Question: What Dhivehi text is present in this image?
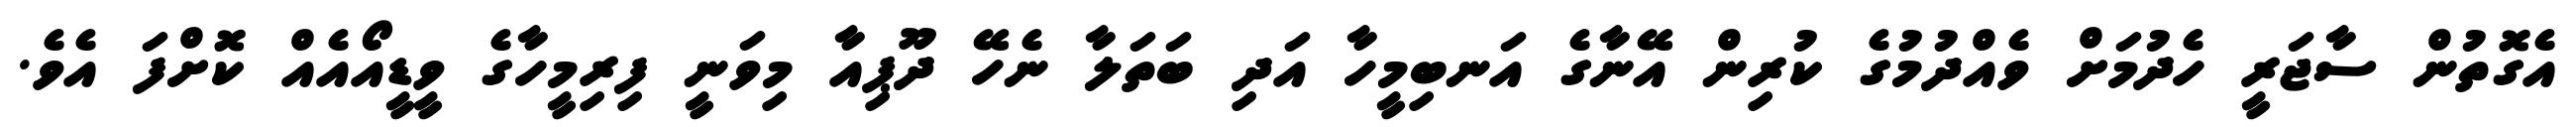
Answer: އެގޮތުން ސާޖަރީ ހެދުމަށް ވެއްދުމުގެ ކުރިން އޭނާގެ އަނބިމީހާ އަދި ބަތަލާ ނެހޭ ދޫޕިއާ މިވަނީ ފިރިމީހާގެ ވީޑީއޯއެއް ކޮށްފަ އެވެ.